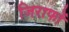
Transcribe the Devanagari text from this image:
जिराफों